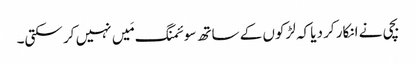
بچی نے انکار کر دیا کہ لڑکوں کے ساتھ سوئمنگ مَیں نہیں کر سکتی۔